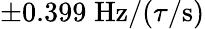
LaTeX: \pm 0.399\; \mathrm{Hz}/(\tau/\mathrm{s})